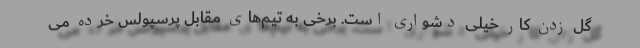
گل زدن کار خیلی دشواری است. برخی به تیم‌های مقابل پرسپولس خرده می